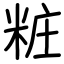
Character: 粧